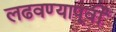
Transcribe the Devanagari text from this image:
लढवण्यापूर्वी